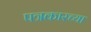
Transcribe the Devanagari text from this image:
पत्रकारच्या